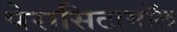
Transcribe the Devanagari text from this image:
पेरासिटामॉल